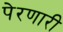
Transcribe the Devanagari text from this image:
पेरणारी